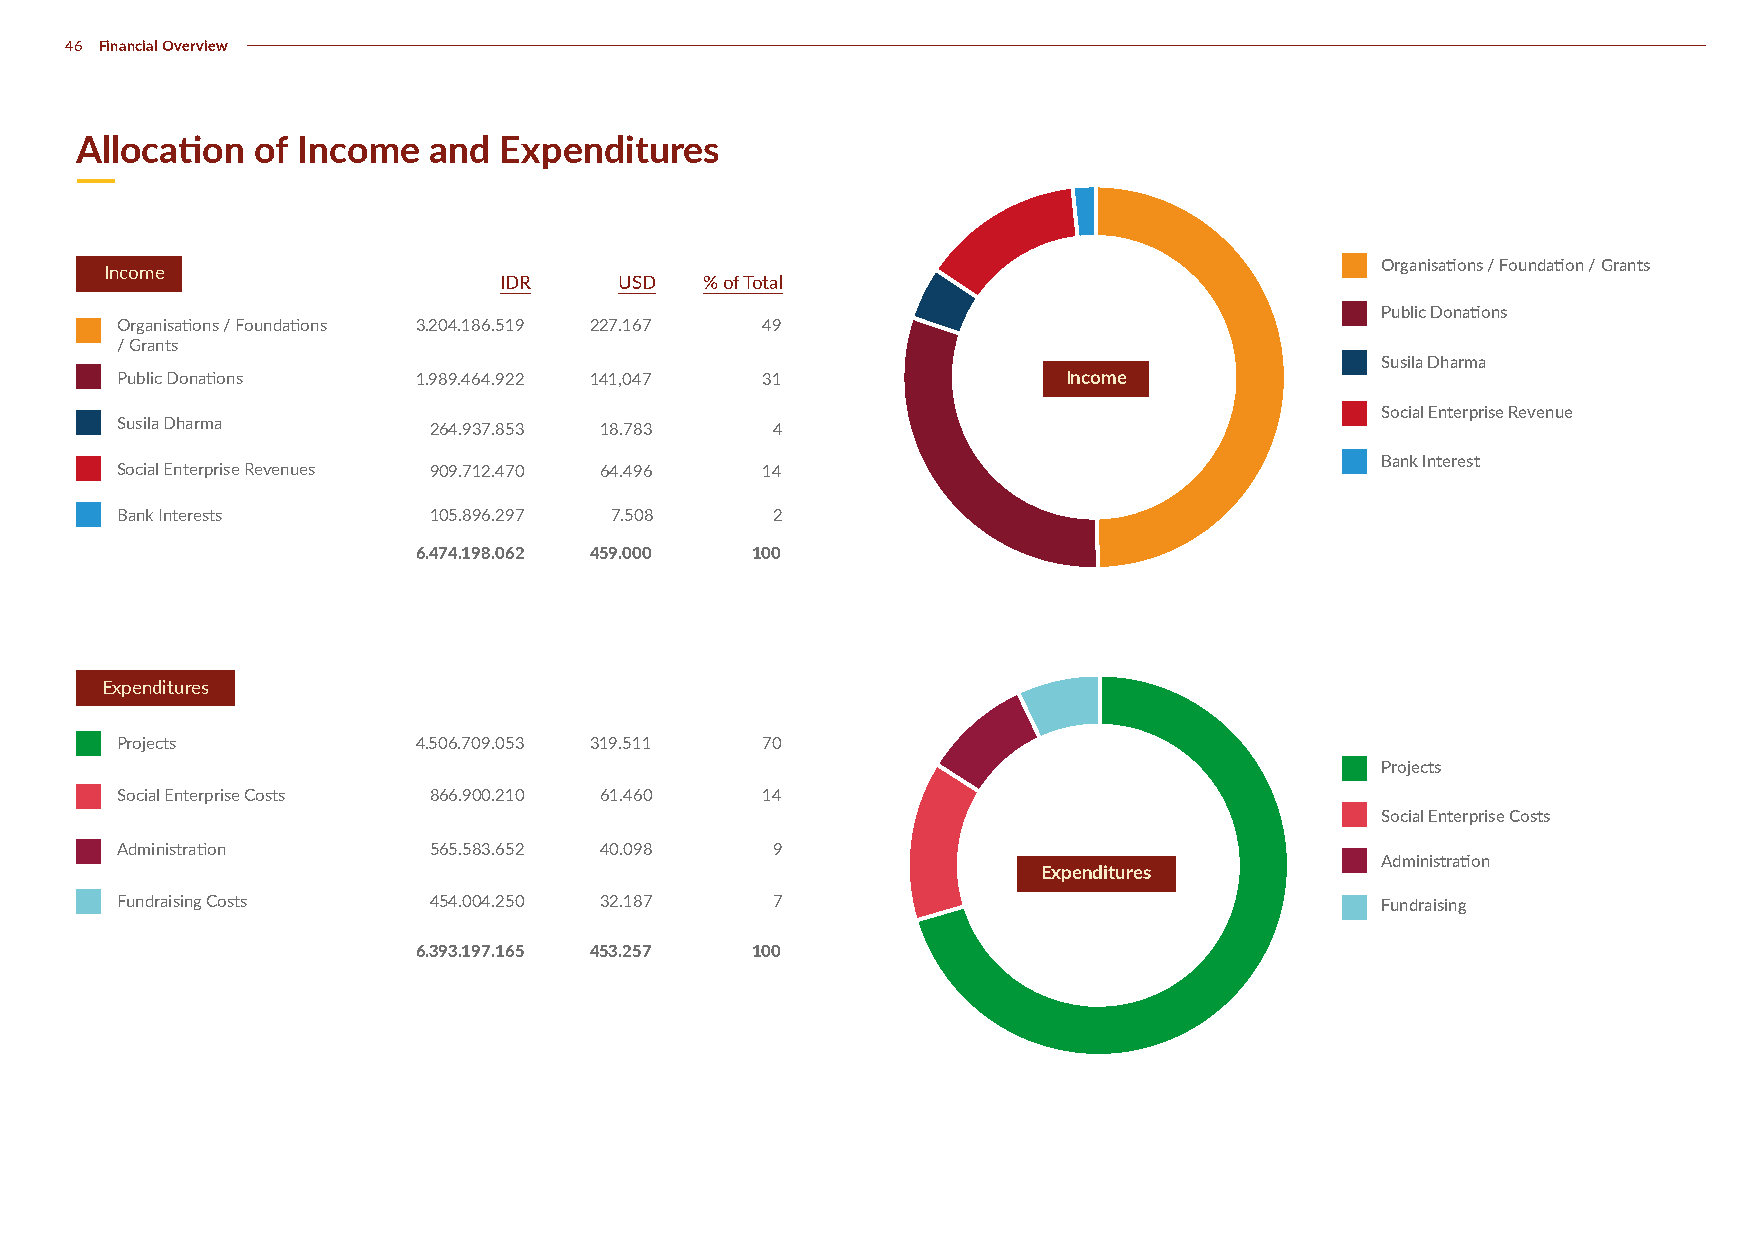
46 Financial Overview
 Allocation  of Income  and  Expenditures
 Organisations / Foundation / Grants
 Income
 IDR     USD   % of Total
 Public Donations
 Organisations / Foundations 3.204.186.519 227.167 49
 / Grants
 Susila Dharma
 Public Donations    1.989.464.922 141,047 31                   Income
 Social Enterprise Revenue
 Susila Dharma
 264.937.853 18.783     4
 Bank Interest
 Social Enterprise Revenues 909.712.470 64.496 14
 Bank Interests      105.896.297 7.508      2
 6.474.198.062 459.000 100
 Expenditures
 Projects            4.506.709.053 319.511 70
 Projects
 Social Enterprise Costs 866.900.210 61.460 14
 Social Enterprise Costs
 Administration      565.583.652 40.098     9
 Administration
 Expenditures
 Fundraising Costs   454.004.250 32.187     7                                       Fundraising
 6.393.197.165 453.257 100